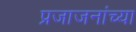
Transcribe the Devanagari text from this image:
प्रजाजनांच्या